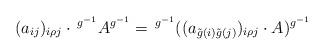
LaTeX: \begin{align*} (a_{ij})_{i \rho j} \cdot \, ^{g^{-1}}A^{g^{-1}}=\, ^{g^{-1}} \large( (a_{\tilde{g}(i) \tilde{g}(j)})_{i\rho j} \cdot A \large)^{g^{-1}} \end{align*}